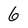
Character: 6